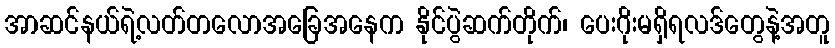
အာဆင်နယ်ရဲ့လတ်တလောအခြေအနေက နိုင်ပွဲဆက်တိုက်၊ ပေးဂိုးမရှိရလဒ်တွေနဲ့အတူ